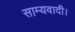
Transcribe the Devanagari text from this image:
साम्यवादी।